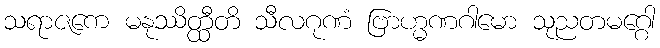
သရာဇကေ မနုဿိတ္ထီတိ သီလဂုဏံ ဗြာဟ္မဏဂါမော သုညတမဂ္ဂေါ